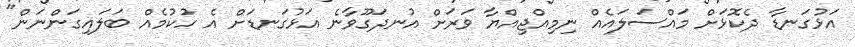
އަޅުގަނޑާ ދެކޮޅަށް މައްސަލައެއް ނިމިއްޖިއްޔާ ވަރަށް އުނދަގޫވާނެ އަޅުގަނޑަށް އެ ހުކުމެއް ބަލައިގަންނަން"